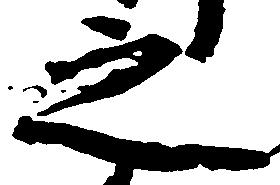
之